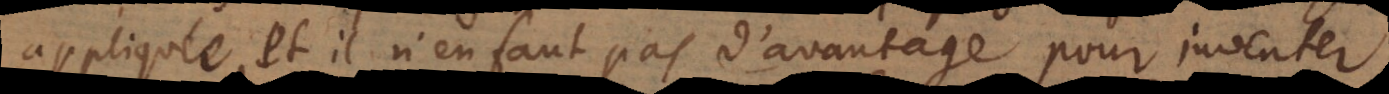
appliquée, et il n’en faut pas d’avantage pour inventer